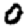
Digit: 0